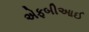
એફબીઆઈ